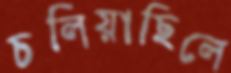
চলিয়াছিলে